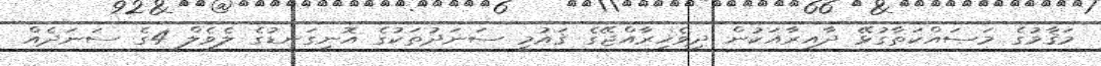
މަޤާމުގެ މަސައްކަތާގުޅޭ ދާއިރާއަކުން ދިވެހިރާއްޖޭގެ ޤައުމީ ސަނަދުތަކުގެ އޮނިގަނޑުގެ ލެވެލް 4ގެ ސަނަދެއް